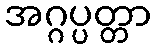
အဂ္ဂပ္ပတ္တာ